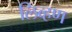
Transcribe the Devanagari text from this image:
लिव्हण